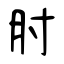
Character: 肘